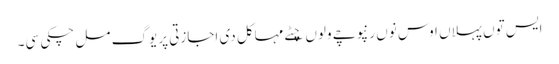
ایس توں پہلاں اوس نوں رنپوچے ولوں چِٹے مہاکل دی اجازتی پریوگ مل چکی سی۔